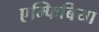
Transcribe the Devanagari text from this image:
एम्फिबिया